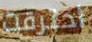
احترقت